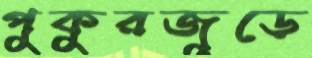
পুকুরজুড়ে